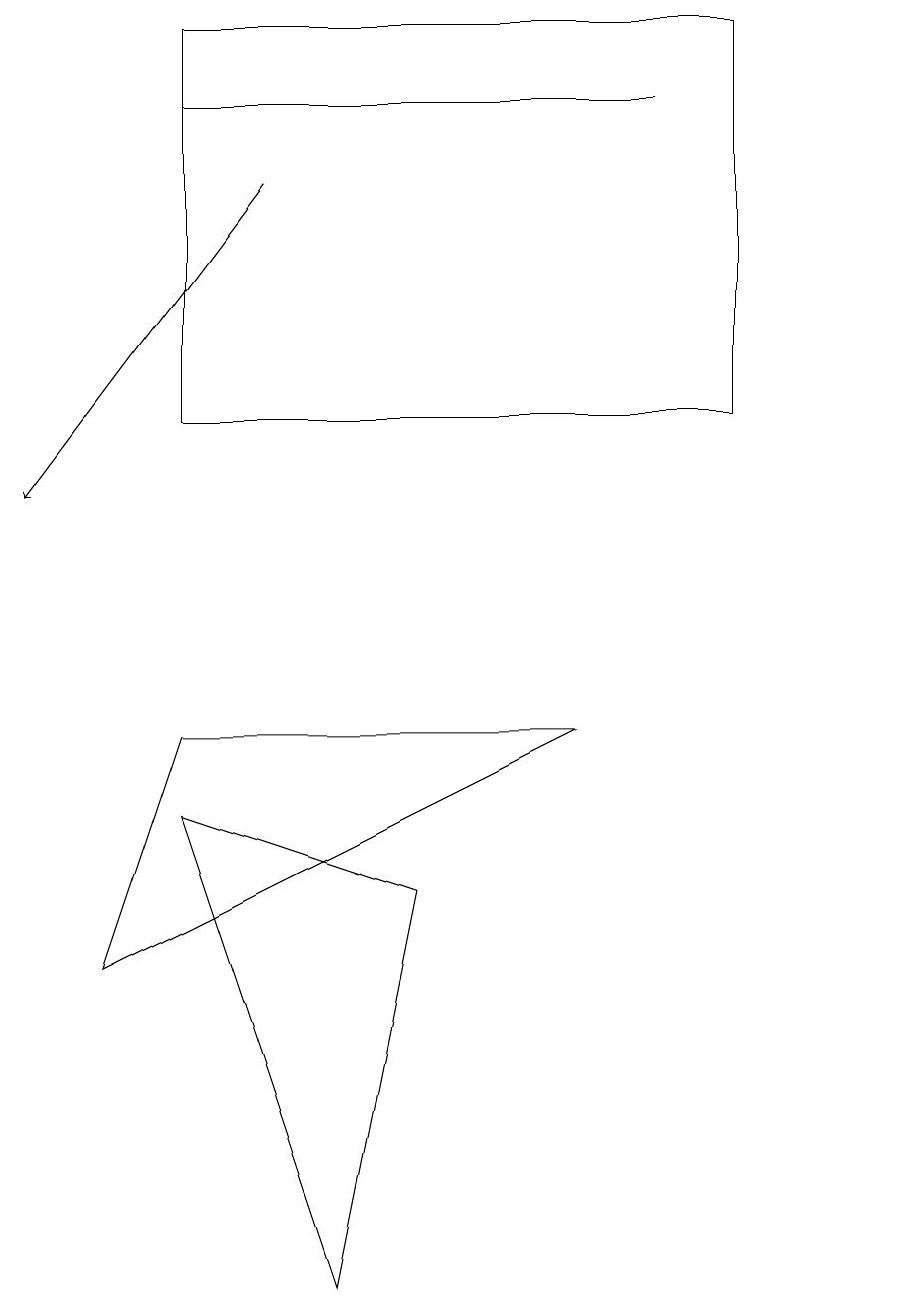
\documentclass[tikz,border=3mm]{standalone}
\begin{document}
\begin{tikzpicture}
\draw (11,12) circle (0);
\draw (2,16) rectangle (9,11);
\draw (1,4) -- (7,7) -- (2,7) -- cycle;
\draw (5,5) -- (4,0) -- (2,6) -- cycle;
\draw[->] (3,14) -- (0,10);
\draw (2,15) rectangle (8,15);
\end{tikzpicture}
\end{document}